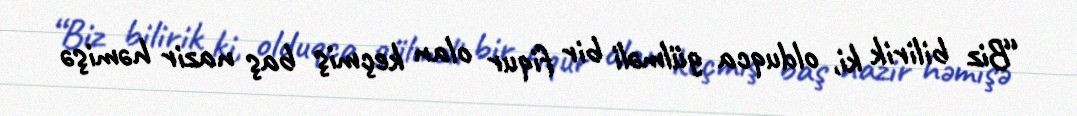
“Biz bilirik ki, olduqca gülməli bir fiqur olan keçmiş baş nazir həmişə